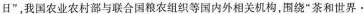
日”，我国农业农村部与联合国粮农组织等国内外相关机构，围绕”茶和世界·